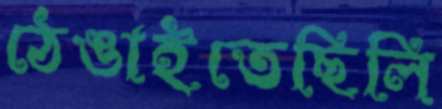
ঠেঙাইতেছিলি